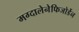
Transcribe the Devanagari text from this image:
मग्दालेनेफिजोर्डेन